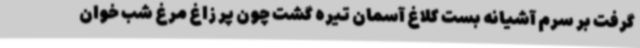
گرفت بر سرم آشیانه بست کلاغ آسمان تیره گشت چون پر زاغ مرغ شب خوان